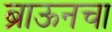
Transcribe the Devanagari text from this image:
ब्राऊनचा